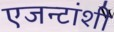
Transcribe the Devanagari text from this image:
एजन्टांशी